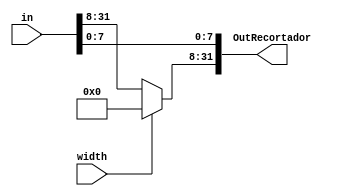
module recortador_l( in , OutRecortador, width
    );
input[31:0] in;
output reg[31:0] OutRecortador;
input width;
always begin
	if (width) begin
		OutRecortador[7:0] <= in[7:0];
		OutRecortador[31:8] <= 24'b0;
	end else OutRecortador <= in[31:0];
end
endmodule